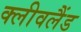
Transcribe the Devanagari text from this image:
क्‍लीवलैंड